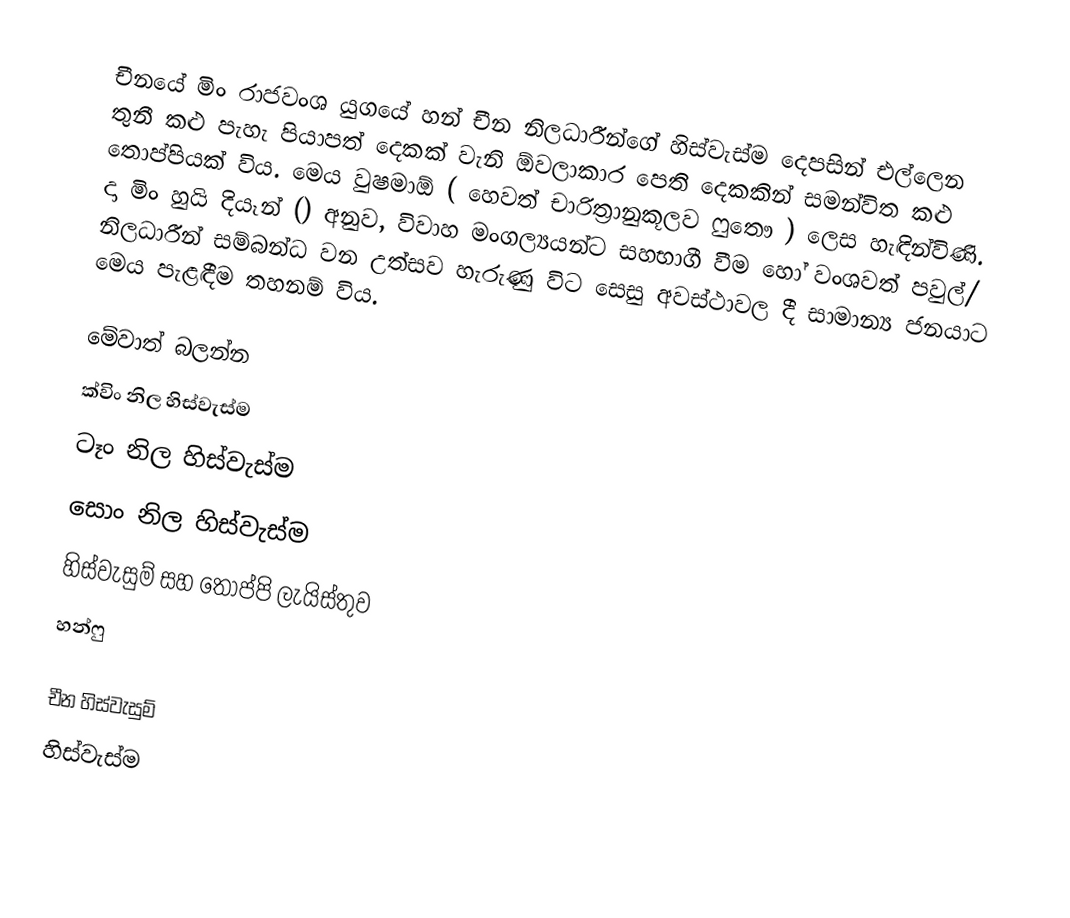
චීනයේ මිං රාජවංශ යුගයේ හන් චීන නිලධාරීන්ගේ හිස්වැස්ම දෙපසින් එල්ලෙන තුනී කළු පැහැ පියාපත් දෙකක් වැනි ඕවලාකාර පෙති දෙකකින් සමන්විත කළු තොප්පියක් විය. මෙය වුෂමාඕ ( හෙවත් චාරිත්‍රානුකූලව ෆුතෞ ) ලෙස හැඳින්විණි. දා මිං හුයි දියෑන් () අනුව, විවාහ මංගල්‍යයන්ට සහභාගී වීම හෝ වංශවත් පවුල්/ නිලධාරීන් සම්බන්ධ වන උත්සව හැරුණු විට සෙසු අවස්ථාවල දී සාමාන්‍ය ජනයාට මෙය පැළඳීම තහනම් විය.

මේවාත් බලන්න
ක්විං නිල හිස්වැස්ම
ටෑං නිල හිස්වැස්ම
සොං නිල හිස්වැස්ම
හිස්වැසුම් සහ තොප්පි ලැයිස්තුව
හන්ෆු

චීන හිස්වැසුම්
හිස්වැස්ම